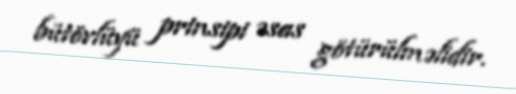
bütövlüyü prinsipi əsas götürülməlidir.